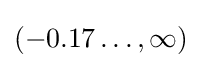
(-0.17\ldots ,\infty )